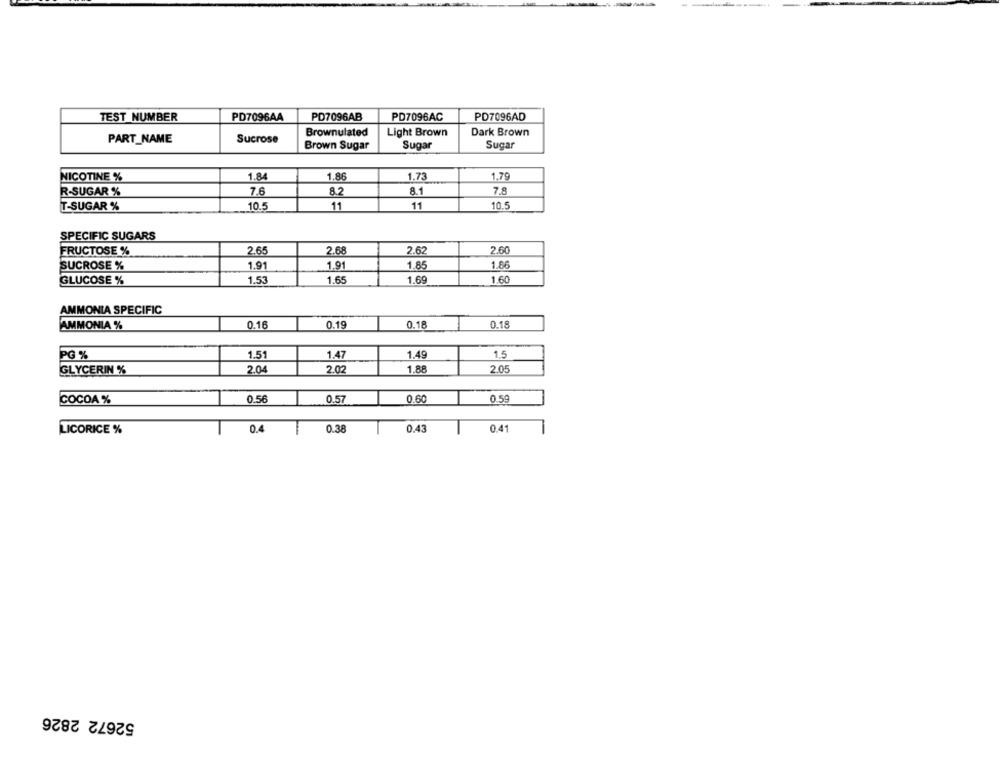
TEST NUMBER
PD7096AA
PD7096AB
PD7096AC
PD7096AD
Brownulated
Light Brown
Dark Brown
PART_NAME
Sucrose
Brown Sugar
Sugar
Sugar
1.84
1.86
1.73
1.79
NICOTINE %
7.6
82
8.1
7.8
R-SUGAR %
10.5
11
11
10.5
T-SUGAR %
SPECIFIC SUGARS
FRUCTOSE %
2.65
2.68
2.62
2.60
SUCROSE %
1.91
1.91
1.85
1.86
GLUCOSE %
1.53
1.65
1.69
1.60
AMMONIA SPECIFIC
AMMONIA %
0.16
0.19
0.18
0.18
PG %
1.51
1.47
1.49
1.5
GLYCERIN %
2.04
2.02
1.88
2.05
COCOA %
0.56
0.57
0.60
0.59
LICORICE %
0.4
0.38
0.43
0.41
52672 2826